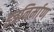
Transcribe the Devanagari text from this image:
इत्रनिर्माण